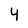
Character: 4